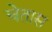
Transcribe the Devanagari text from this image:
चेतास